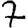
Digit: 7